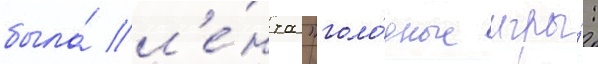
была́ л'е́нта "голо́дные игры́: